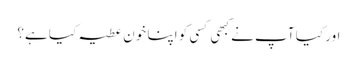
اور کیا آپ نے کبھی کسی کو اپنا خون عطیہ کیا ہے؟